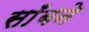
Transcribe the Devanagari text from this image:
साँबने